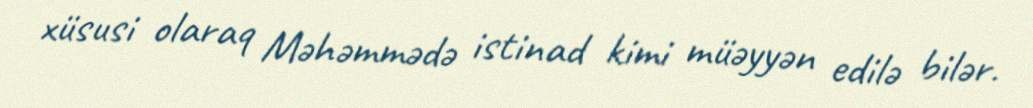
xüsusi olaraq Məhəmmədə istinad kimi müəyyən edilə bilər.